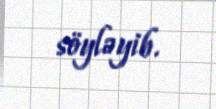
söyləyib.